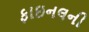
ફાઇનલની